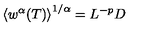
\left\langle w ^ { \alpha } ( T ) \right\rangle ^ { 1 / \alpha } = L ^ { - p } D